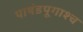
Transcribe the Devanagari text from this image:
पाषंडपूगाश्च